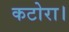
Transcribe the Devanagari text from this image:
कटोरा।